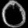
Digit: ၀